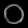
Digit: ၀